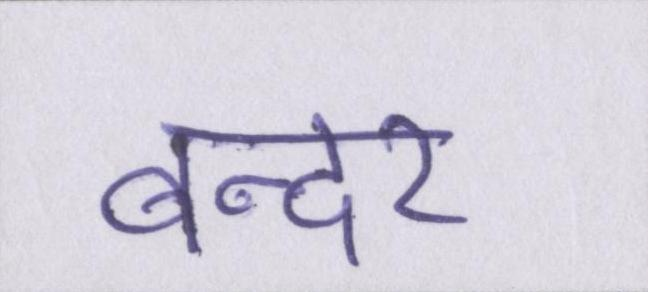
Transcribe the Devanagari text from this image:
बन्दर